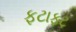
ફટાફટ